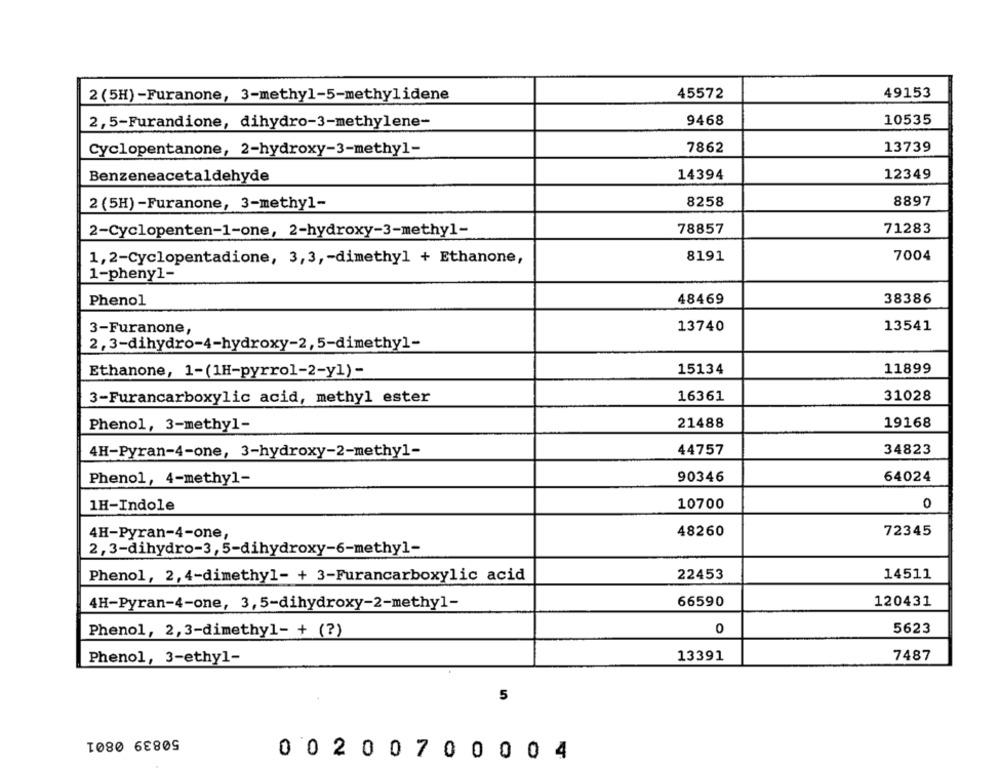
2 (5H)-Furanone, 3-methyl-5-methylidene
45572
49153
2,5-Furandione, dihydro-3-methylene-
9468
10535
Cyclopentanone, 2-hydroxy-3-methyl-
7862
13739
14394
12349
Benzeneacetaldehyde
2 (5H) -Furanone, 3-methyl-
8258
8897
78857
71283
2-Cyclopenten-1-one, 2-hydroxy-3-methyl-
1,2-Cyclopentadione, 3,3 ,- dimethyl + Ethanone,
8191
7004
1-phenyl-
48469
38386
Phenol
3-Furanone,
13740
13541
2,3-dihydro-4-hydroxy-2, 5-dimethyl-
11899
Ethanone, 1-(1H-pyrrol-2-y1)-
15134
3-Furancarboxylic acid, methyl ester
16361
31028
Phenol, 3-methyl-
21488
19168
4H-Pyran-4-one, 3-hydroxy-2-methyl-
44757
34823
Phenol, 4-methyl-
90346
64024
1H-Indole
10700
0
72345
4H-Pyran-4-one,
48260
2,3-dihydro-3, 5-dihydroxy-6-methyl-
22453
14511
Phenol, 2,4-dimethyl- + 3-Furancarboxylic acid
4H-Pyran-4-one, 3, 5-dihydroxy-2-methyl-
66590
120431
0
5623
Phenol, 2,3-dimethyl- + (?)
Phenol, 3-ethyl-
13391
7487
5
50839 0801
0 0200 7 0 0 0 0 4